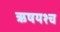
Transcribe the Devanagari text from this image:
ऋषयश्च